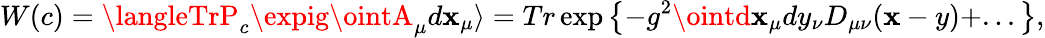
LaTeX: W(c)=\langleTrP_{c}\expig\ointA_{\mu}d\mathbf{x}_{\mu}\rangle=Tr\exp\left\{ -g^{2}\ointd\mathbf{x}_{\mu}dy_{\nu}D_{\mu\nu}(\mathbf{x}-y)+...\right\} ,